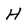
Character: H